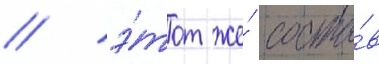
/ э́тот же́ соста́в